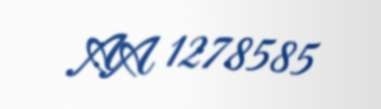
AA 1278585